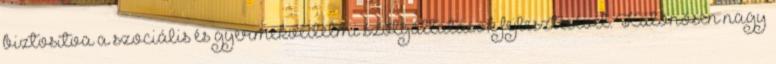
biztosítva a szociális és gyermekvédelmi szolgáltatások fejlesztésével. Különösen nagy